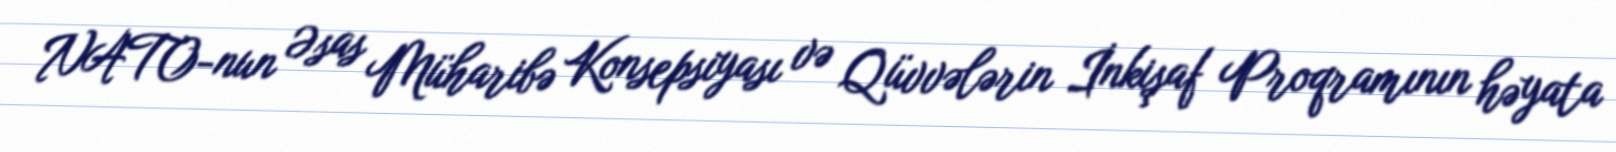
NATO-nun Əsas Müharibə Konsepsiyası və Qüvvələrin İnkişaf Proqramının həyata